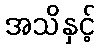
အသိနှင့်